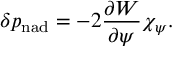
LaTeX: \delta p _ { \mathrm { n a d } } = - 2 \frac { \partial W } { \partial \psi } \chi _ { \psi } .